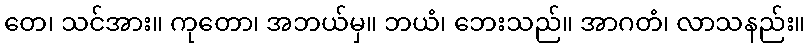
တေ၊ သင်အား။ ကုတော၊ အဘယ်မှ။ ဘယံ၊ ဘေးသည်။ အာဂတံ၊ လာသနည်း။